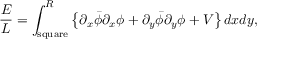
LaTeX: \frac { E } { L } = \int _ { \mathrm { { s q u a r e } } } ^ { R } \left\{ \partial _ { x } \bar { \phi } \partial _ { x } \phi + \partial _ { y } \bar { \phi } \partial _ { y } \phi + V \right\} d x d y ,